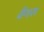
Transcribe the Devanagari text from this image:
वैगस